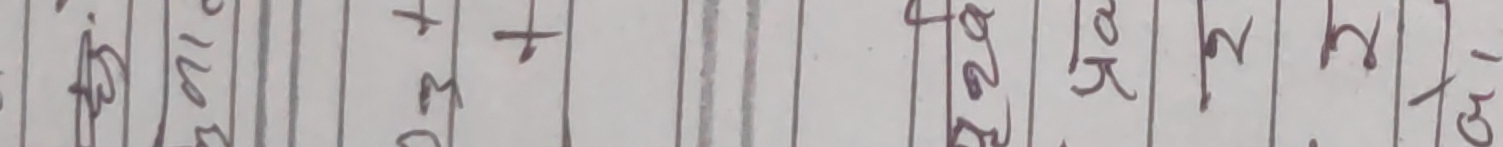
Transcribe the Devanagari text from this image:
एजिरह २ । कि०४